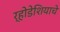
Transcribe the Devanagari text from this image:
र्‍होडेशियाचे